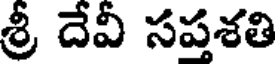
శ్రీ దేవీ సప్తశతి